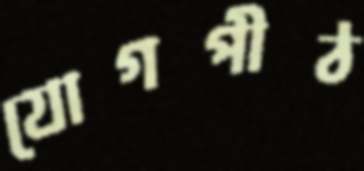
যোগপীঠ